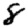
Digit: 8